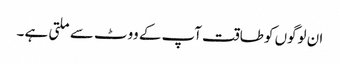
ان لوگوں کو طاقت آپ کے ووٹ سے ملتی ہے ۔